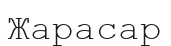
Жарасар